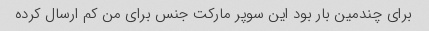
برای چندمین بار بود این سوپر مارکت جنس برای من کم ارسال کرده